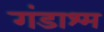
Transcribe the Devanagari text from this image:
गंडाश्म